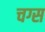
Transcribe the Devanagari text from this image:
चग्स